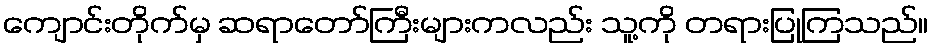
ကျောင်းတိုက်မှ ဆရာတော်ကြီးများကလည်း သူ့ကို တရားပြုကြသည်။